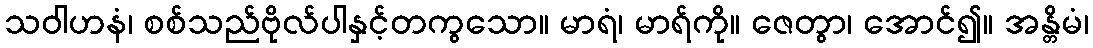
သဝါဟနံ၊ စစ်သည်ဗိုလ်ပါနှင့်တကွသော။ မာရံ၊ မာရ်ကို။ ဇေတွာ၊ အောင်၍။ အန္တိမံ၊